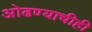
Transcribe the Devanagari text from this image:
ओढण्याचीही